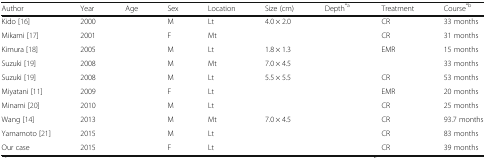
<table><thead><tr><td><b>Author</b></td><td><b>Year</b></td><td><b>Age</b></td><td><b>Sex</b></td><td><b>Location</b></td><td><b>Size (cm)</b></td><td><b>Depth<sup>*a</sup></b></td><td><b>Treatment</b></td><td><b>Course<sup>*b</sup></b></td></tr></thead><tbody><tr><td>Kido [16]</td><td>2000</td><td>[EMPTY_CELL]</td><td>M</td><td>Lt</td><td>4.0 × 2.0</td><td>[EMPTY_CELL]</td><td>CR</td><td>33 months</td></tr><tr><td>Mikami [17]</td><td>2001</td><td>[EMPTY_CELL]</td><td>F</td><td>Mt</td><td>[EMPTY_CELL]</td><td>[EMPTY_CELL]</td><td>CR</td><td>31 months</td></tr><tr><td>Kimura [18]</td><td>2005</td><td>[EMPTY_CELL]</td><td>M</td><td>Lt</td><td>1.8 × 1.3</td><td>[EMPTY_CELL]</td><td>EMR</td><td>15 months</td></tr><tr><td>Suzuki [19]</td><td>2008</td><td>[EMPTY_CELL]</td><td>M</td><td>Mt</td><td>7.0 × 4.5</td><td>[EMPTY_CELL]</td><td>[EMPTY_CELL]</td><td>33 months</td></tr><tr><td>Suzuki [19]</td><td>2008</td><td>[EMPTY_CELL]</td><td>M</td><td>Lt</td><td>5.5 × 5.5</td><td>[EMPTY_CELL]</td><td>CR</td><td>53 months</td></tr><tr><td>Miyatani [11]</td><td>2009</td><td>[EMPTY_CELL]</td><td>F</td><td>Lt</td><td>[EMPTY_CELL]</td><td>[EMPTY_CELL]</td><td>EMR</td><td>20 months</td></tr><tr><td>Minami [20]</td><td>2010</td><td>[EMPTY_CELL]</td><td>M</td><td>Lt</td><td>[EMPTY_CELL]</td><td>[EMPTY_CELL]</td><td>CR</td><td>25 months</td></tr><tr><td>Wang [14]</td><td>2013</td><td>[EMPTY_CELL]</td><td>M</td><td>Mt</td><td>7.0 × 4.5</td><td>[EMPTY_CELL]</td><td>CR</td><td>93.7 months</td></tr><tr><td>Yamamoto [21]</td><td>2015</td><td>[EMPTY_CELL]</td><td>M</td><td>Lt</td><td>[EMPTY_CELL]</td><td>[EMPTY_CELL]</td><td>CR</td><td>83 months</td></tr><tr><td>Our case</td><td>2015</td><td>[EMPTY_CELL]</td><td>F</td><td>Lt</td><td>[EMPTY_CELL]</td><td>[EMPTY_CELL]</td><td>CR</td><td>39 months</td></tr></tbody></table>